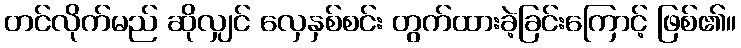
တင်လိုက်မည် ဆိုလျှင် လှေနှစ်စင်း တွက်ထားခဲ့ခြင်းကြောင့် ဖြစ်၏။